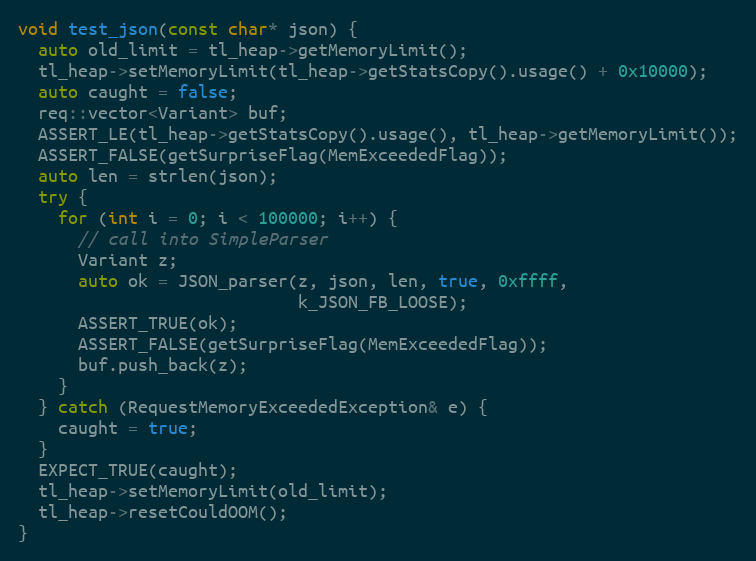
Language: C++
void test_json(const char* json) {
  auto old_limit = tl_heap->getMemoryLimit();
  tl_heap->setMemoryLimit(tl_heap->getStatsCopy().usage() + 0x10000);
  auto caught = false;
  req::vector<Variant> buf;
  ASSERT_LE(tl_heap->getStatsCopy().usage(), tl_heap->getMemoryLimit());
  ASSERT_FALSE(getSurpriseFlag(MemExceededFlag));
  auto len = strlen(json);
  try {
    for (int i = 0; i < 100000; i++) {
      // call into SimpleParser
      Variant z;
      auto ok = JSON_parser(z, json, len, true, 0xffff,
                            k_JSON_FB_LOOSE);
      ASSERT_TRUE(ok);
      ASSERT_FALSE(getSurpriseFlag(MemExceededFlag));
      buf.push_back(z);
    }
  } catch (RequestMemoryExceededException& e) {
    caught = true;
  }
  EXPECT_TRUE(caught);
  tl_heap->setMemoryLimit(old_limit);
  tl_heap->resetCouldOOM();
}